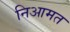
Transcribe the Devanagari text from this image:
निआमत